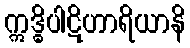
ဣဒ္ဓိပါဋိဟာရိယာနိ